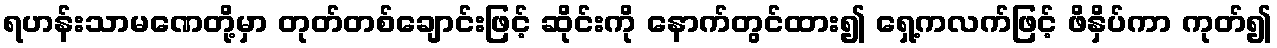
ရဟန်းသာမဏေတို့မှာ တုတ်တစ်ချောင်းဖြင့် ဆိုင်းကို နောက်တွင်ထား၍ ရှေ့ကလက်ဖြင့် ဖိနှိပ်ကာ ကုတ်၍